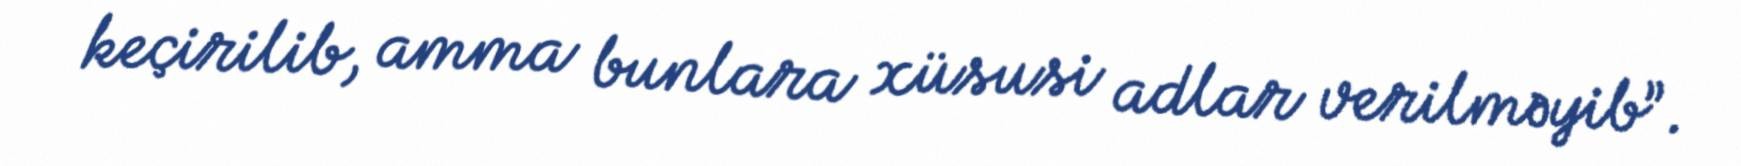
keçirilib, amma bunlara xüsusi adlar verilməyib”.